system: You are a helpful assistant.
user:
Analyze the provided spectrum to determine if it is a **White Dwarf (WD)**.

A White Dwarf spectrum is defined by its **extreme purity** (due to gravitational settling) and/or **extreme pressure broadening** (due to high surface gravity). You must check for one of the following mutually exclusive signatures:

- **Key Visual Indicators (Check for ONE of these types):**

    - **1. DA-Type Signature (Most Common):**
        - **(Primary Feature):** Extreme pressure broadening (Stark broadening) of the **Hydrogen (H) Balmer lines**.
        - **(Key Lines):** $H\beta$ (approx. $4861$ Å) and $H\gamma$ (approx. $4340$ Å). $H\alpha$ (approx. $6563$ Å) will also be present if the wavelength range covers it.
        - **(Line Profile):** This is the **defining feature**. The lines are **NOT** sharp. They appear as massive, **extremely broad and deep "troughs" or "dips"** in the spectrum, often hundreds of Ångströms wide. The continuum will appear to "scoop" down at these wavelengths.
        - **(Distinction):** Normal A-type or B-type stars have *narrow* and *sharp* Hydrogen lines. A DA White Dwarf's lines are unmistakably "smeared" or "blurry" from pressure.

    - **2. DB-Type Signature:**
        - **(Primary Feature):** Broad absorption lines from **Neutral Helium (He I)**. The spectrum must lack any visible Hydrogen lines.
        - **(Key Lines):** Look for broad absorption near $4471$ Å, $4921$ Å, and $5876$ Å.
        - **(Line Profile):** These lines are also significantly pressure-broadened, appearing much wider than they would in a normal B-type main-sequence star.

    - **3. DC-Type Signature:**
        - **(Primary Feature):** A **featureless continuous spectrum**.
        - **(Line Profile):** The spectrum is a smooth curve with **no significant absorption or emission lines**.
        - **(Key Confirmation):** The continuum is almost always **blue or white**, indicating a hot object. This signature implies the atmosphere is so pure (or so cool) that no spectral lines are visible in the optical range. Its WD identity is confirmed by its extremely low intrinsic brightness (high absolute magnitude).

    - **4. DZ-Type Signature (Metal-Polluted):**
        - **(Primary Feature):** **Isolated, narrow metal absorption lines** on an otherwise featureless (DC-like) continuum.
        - **(Key Lines):** The **Calcium (Ca II) H & K doublet** (approx. **$3934$ Å** and **$3968$ Å**) is the most common and defining feature.
        - **(Line Profile):** These lines are "out of place." They are *not* part of a "forest" of thousands of lines. This signature is evidence of recent *accretion* (pollution) from rocky debris.
        - **(Distinction):** Normal G/K/M stars have a *dense forest* of thousands of metal lines. A DZ has a *clean* continuum with *only a few* strong metal lines.

    - **5. DQ-Type Signature (Carbon-Polluted):**
        - **(Primary Feature):** Absorption bands from **Carbon (C₂ "Swan Bands" or atomic C I)**.
        - **(Key Lines - C₂):** Look for bandheads with a "saw-tooth" shape near $5635$ Å, **$5165$ Å** (strongest), and $4737$ Å.
        - **(Key Confirmation):** The underlying **continuum must be blue or white** (hot).
        - **(Distinction):** This is the critical difference from a **Carbon Star**, which has the *exact same* C₂ bands but on an extremely **red, cool** continuum.

- **(Overall Spectrum):**
    - The continuum (overall shape) is typically **blue-sloping** (brighter in the blue than the red), as most white dwarfs are very hot.
    - The spectrum will look "pure" or "simple," dominated by only *one* of the five signatures listed above.

Think first, call **spectral_visualization_tool** if needed to examine features in detail, then provide your final answer. Your response must adhere to the following strict rules:
1.  **Overall Structure:** Your response must follow the format `<think>...</think> <tool_call>...</tool_call> (if a tool is used) <answer>...</answer>`.
2.  **Tool Usage Constraint:** You may only make **one** tool call per turn.
3.  **Final Answer Format:** In the `<answer>` tag, your conclusion must be inside a `\boxed{}` command (e.g., `\boxed{YES}` or `\boxed{NO}`), followed by your justification.

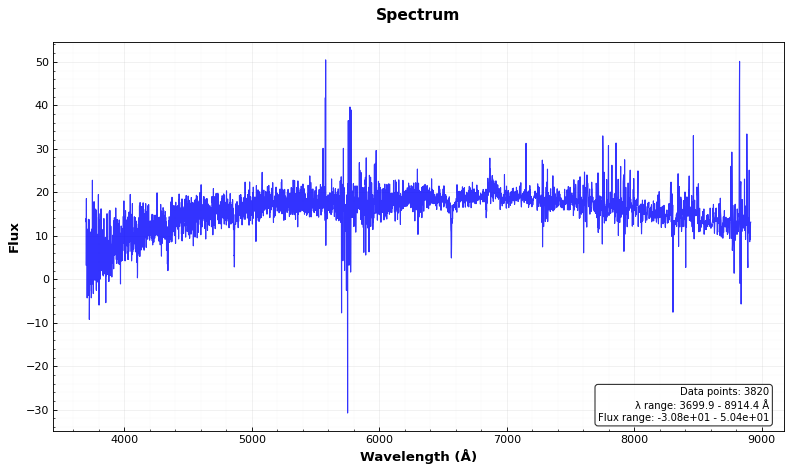
Answer: YES